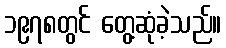
၁၉၇၈တွင် တွေ့ဆုံခဲ့သည်။